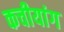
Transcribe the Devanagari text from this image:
कचीयांग